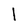
Character: I